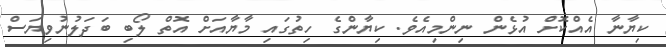
ކިޔާނާ އެއްކޮށް އުޅެން ނިންމިއެވެ. ކިޔާންގެ ހިތުގައި މާޔާއަށް އޮތް ލޯބި ބަދަލުނުވިޔަސް